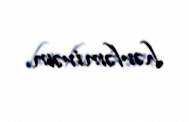
hərləmirəm.